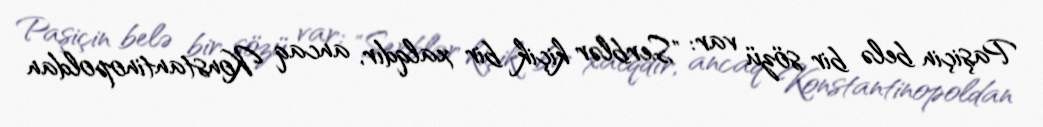
Paşiçin belə bir sözü var: "Serblər kiçik bir xalqdır, ancaq Konstantinopoldan